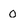
Character: 0